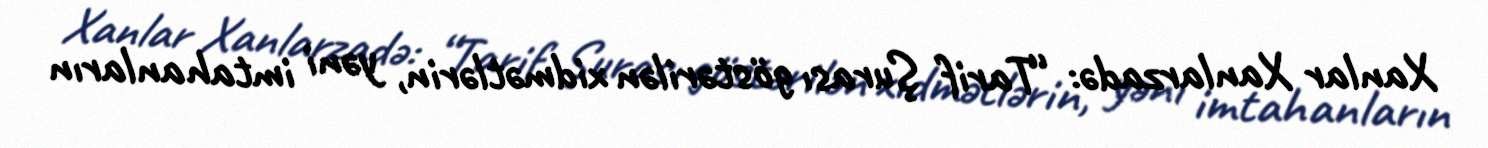
Xanlar Xanlarzadə: “Tarif Şurası göstərilən xidmətlərin, yəni imtahanların